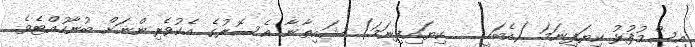
އިސްމުފުޅު ކިޔަފިނަމަ (އެބަހީ:   ކިޔައިފިނަމަ) ޝައިޠާނާ އެސޮރުގެ އެކުވެރިންނަށް ބުނާހުއްޓެވެ.